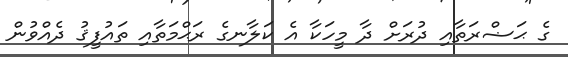
ގެ ޙަޟްރަތާއި ދުރަށް ދާ މީހަކާ އެ ކަލާނގެ ރަޙްމަތާއި ތައުފީޤު ދެއްވުން